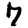
Digit: 7